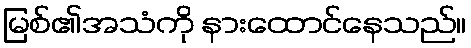
မြစ်၏အသံကို နားထောင်နေသည်။